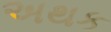
અથક